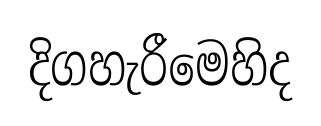
දිගහැරීමෙහිද